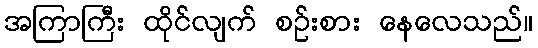
အကြာကြီး ထိုင်လျက် စဉ်းစား နေလေသည်။